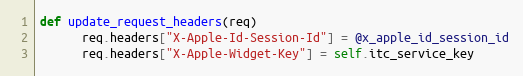
Language: Ruby
def update_request_headers(req)
      req.headers["X-Apple-Id-Session-Id"] = @x_apple_id_session_id
      req.headers["X-Apple-Widget-Key"] = self.itc_service_key